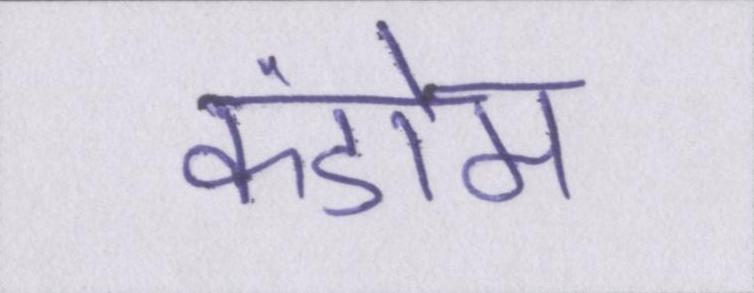
कंडोम